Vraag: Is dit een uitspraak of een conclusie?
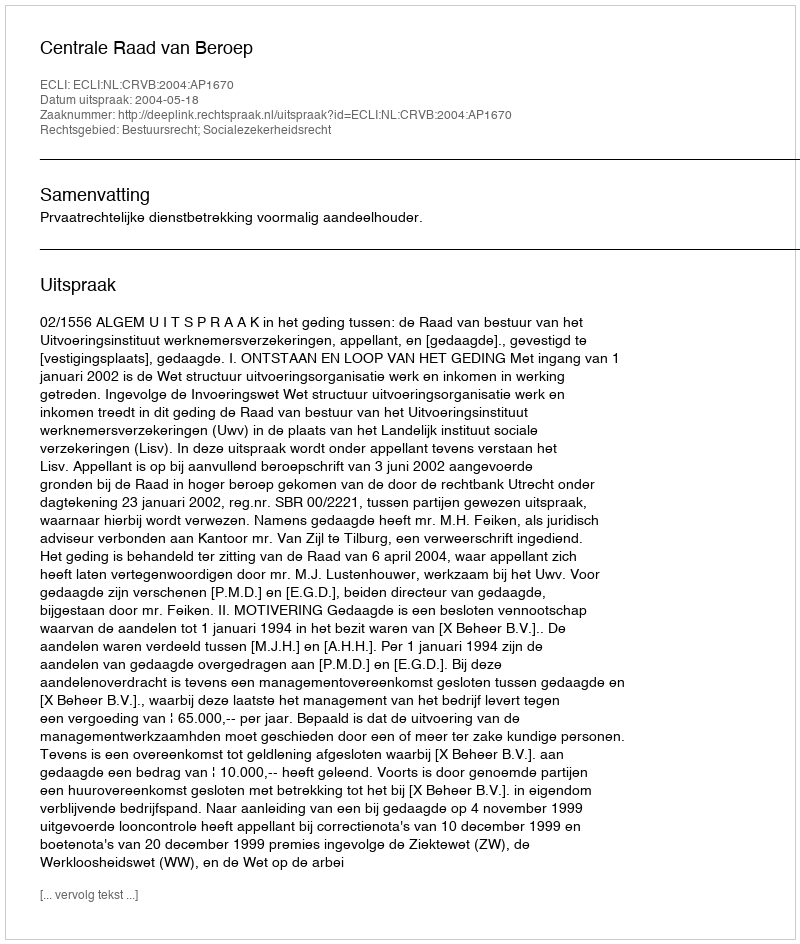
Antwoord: Uitspraak